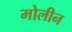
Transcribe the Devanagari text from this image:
मोलीन